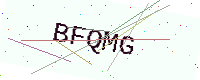
Text: BFQMG